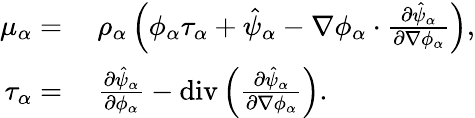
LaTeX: \begin{array}{rl}{\mu_{\alpha}=}&{{}~\rho_{\alpha}\left(\phi_{\alpha}\tau_{\alpha}+\hat{\psi}_{\alpha}-\nabla\phi_{\alpha}\cdot\frac{\partial\hat{\psi}_{\alpha}}{\partial\nabla\phi_{\alpha}}\right),}\\ {\tau_{\alpha}=}&{{}~\frac{\partial\hat{\psi}_{\alpha}}{\partial\phi_{\alpha}}-\mathrm{div}\left(\frac{\partial\hat{\psi}_{\alpha}}{\partial\nabla\phi_{\alpha}}\right).}\end{array}